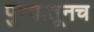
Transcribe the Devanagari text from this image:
पुण्यातूनच